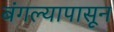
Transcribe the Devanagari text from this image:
बंगल्यापासून